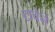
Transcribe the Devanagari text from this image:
टाचेने